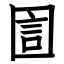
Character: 圁